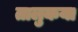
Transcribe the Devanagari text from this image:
तालुकया